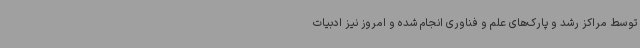
توسط مراکز رشد و پارک‌های علم و فناوری انجام شده و امروز نیز ادبیات